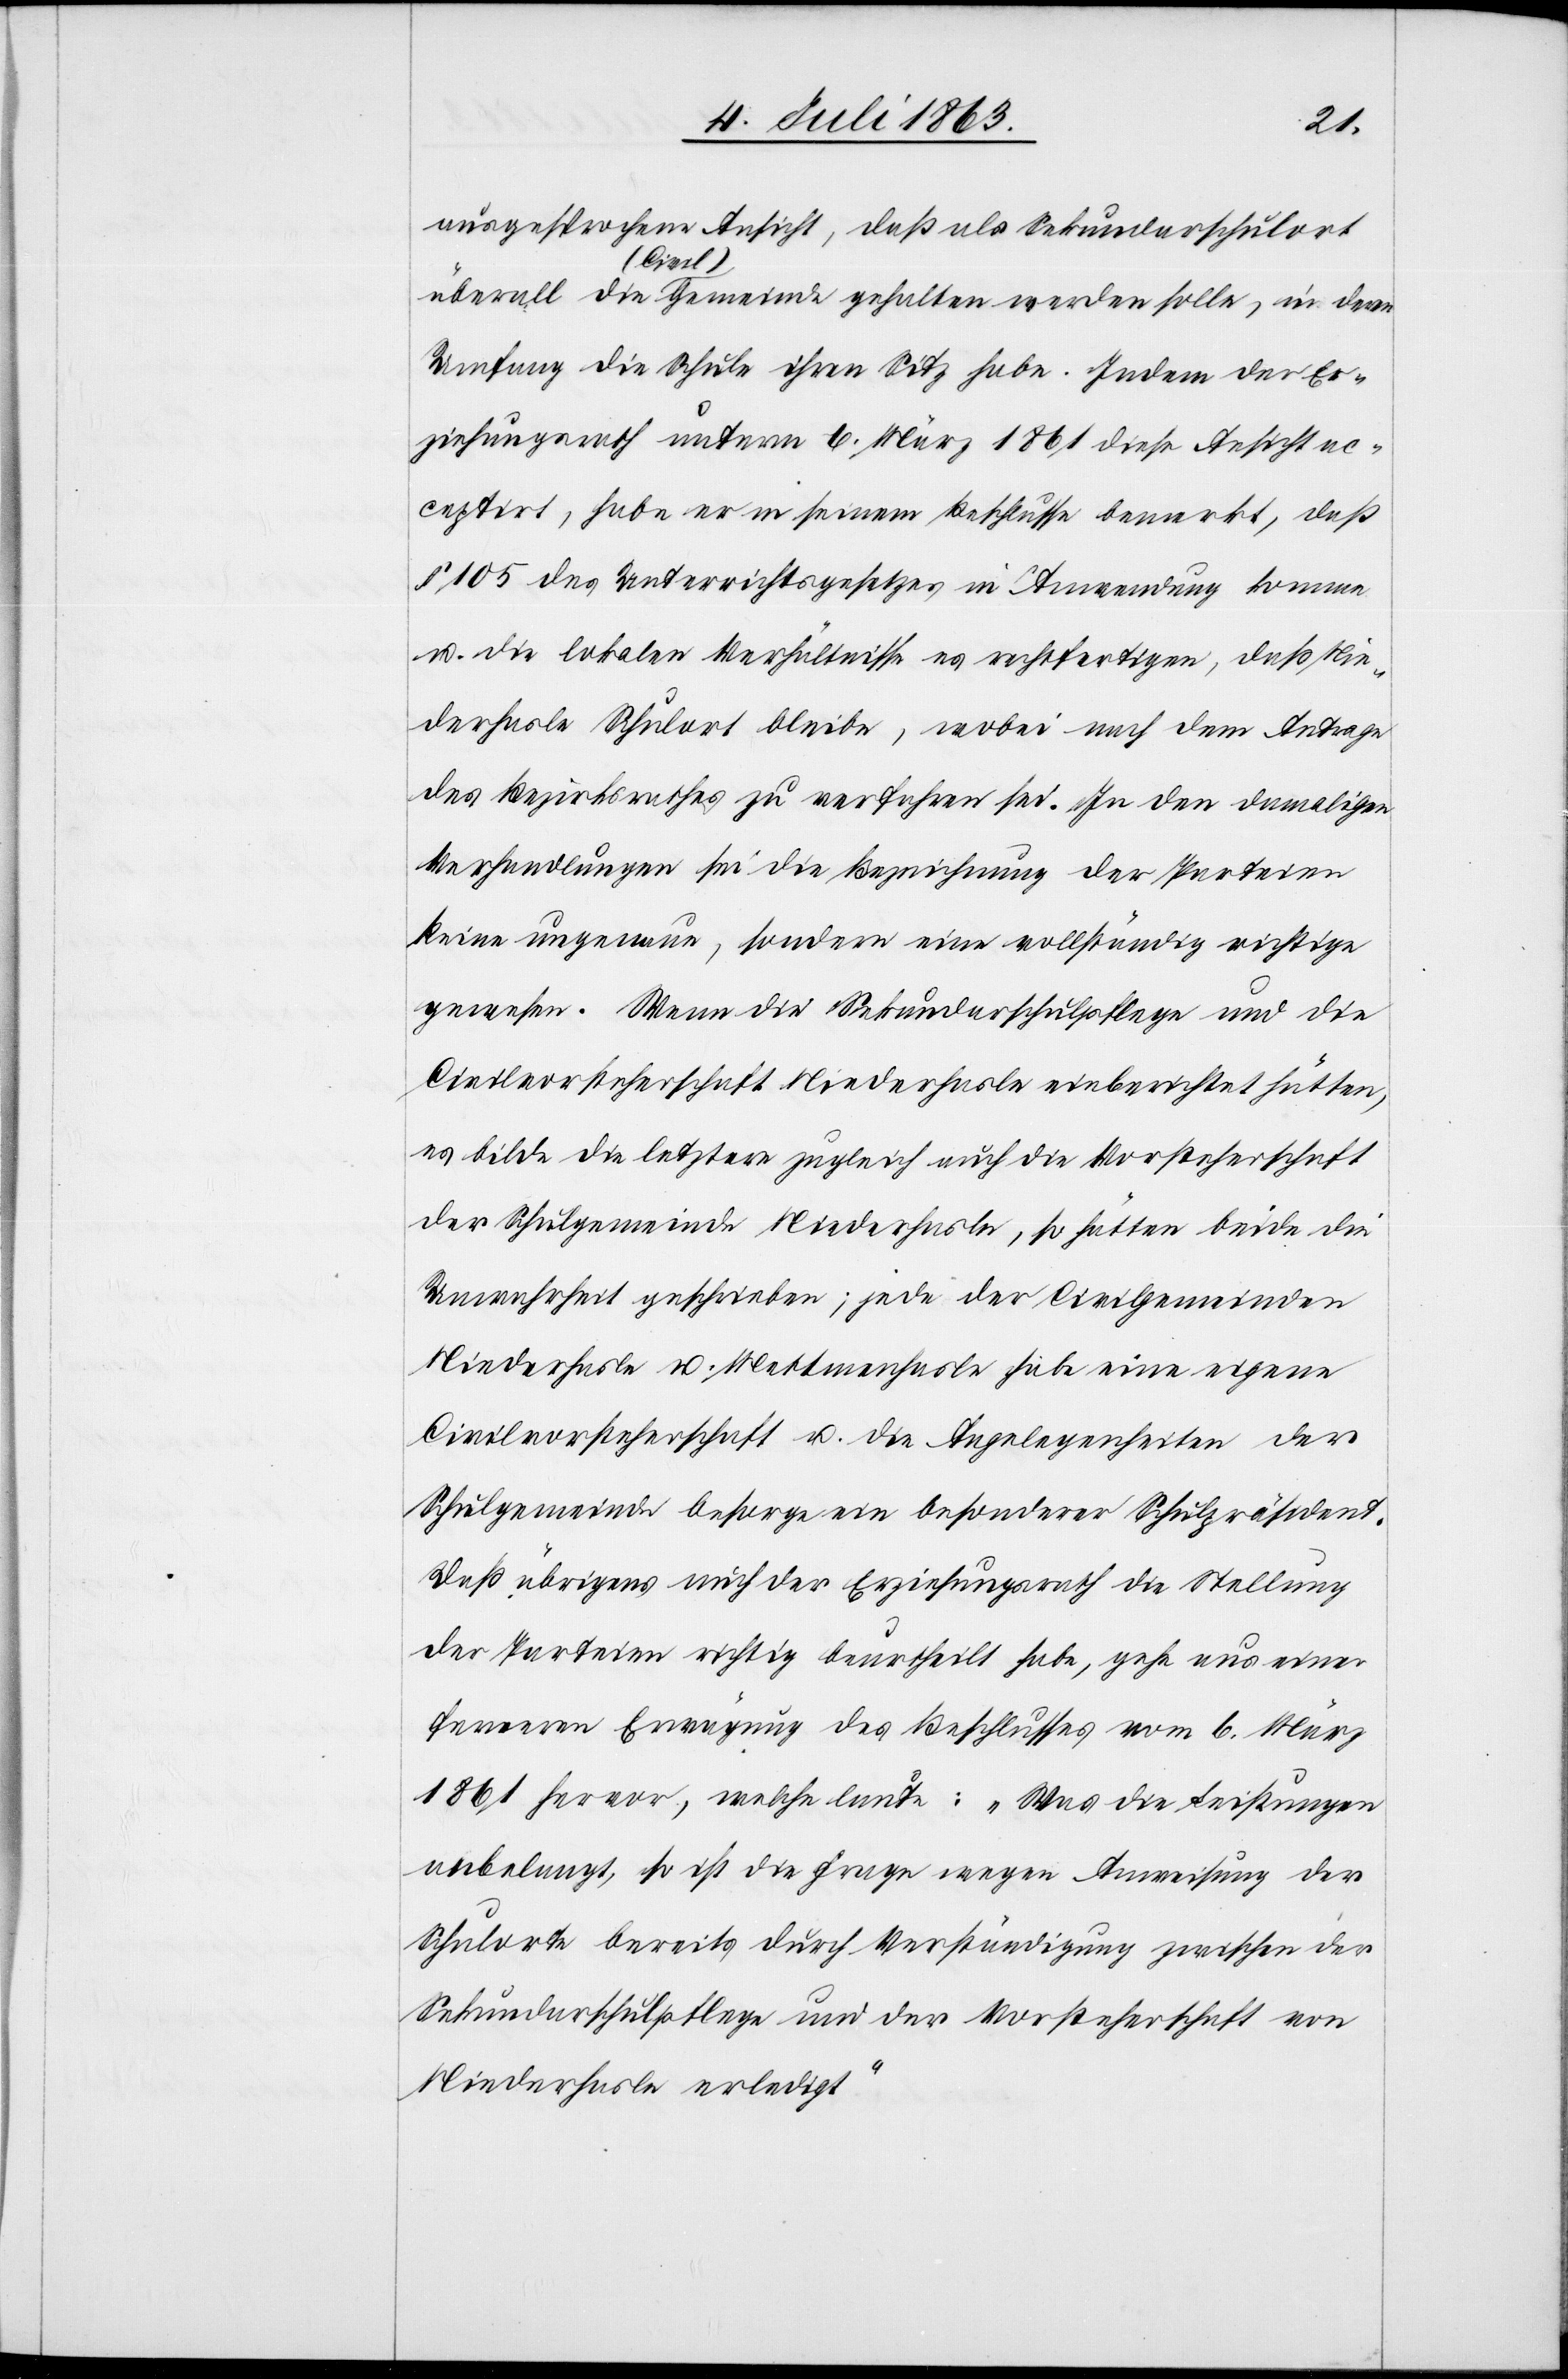
ausgesprochene Ansicht, daß als Sekundarschulort
Umfang die Schule ihren Sitz habe. Indem der Er¬
ziehungsrath unterm 6. März 1861 diese Ansicht ac¬
ceptirt, habe er in seinem Beschlusse bemerkt, daß
§ 105 des Unterrichtsgesetzes in Anwendung komme
u. die lokalen Verhältnisse es rechtfertigen, daß Nie¬
derhasle Schulort bleibe, wobei nach dem Antrage
des Bezirksrathes zu verfahren sei. In den damaligen
Verhandlungen sei die Bezeichnung der Parteien
keine ungenaue, sondern eine vollständig richtige
gewesen. Wenn die Sekundarschulpflege und die
Civilvorsteherschaft Niederhasle einberichtet hätten,
es bilde die letztere zugleich auch die Vorsteherschaft
der Schulgemeinde Niederhasle, so hätten beide die
Unwahrheit geschrieben; jede der Civilgemeinden
Niederhasle u. Mettmenhasle habe eine eigene
Civilvorsteherschaft u. die Angelegenheiten der
Schulgemeinde besorge ein besonderer Schulpräsident.
Daß übrigens auch der Erziehungsrath die Stellung
der Parteien richtig beurtheilt habe, gehe aus einer
ferneren Erwägung des Beschlusses vom 6. März
1861 hervor, welche laute: „Was die Leistungen
anbelangt, so ist die Frage wegen Anweisung der
Schulorte bereits durch Verständigung zwischen der
Sekundarschulpflege und der Vorsteherschaft von
Niederhasle erledigt“